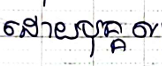
ដោយបុគ្គល